On the standardisation of anti-typhoid vaccine - Number 21
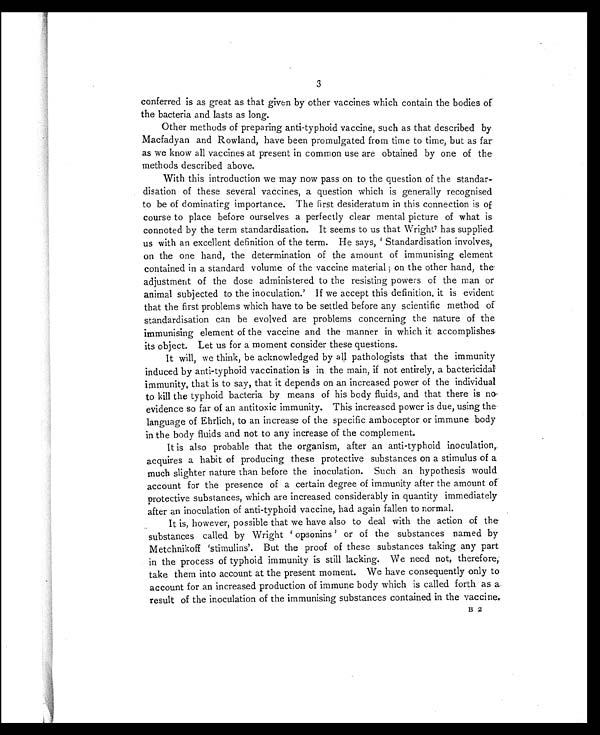
3
conferred is as great as that given by other vaccines which contain the bodies of
the bacteria and lasts as long.
Other methods of preparing anti-typhoid vaccine, such as that described by
Macfadyan and Rowland, have been promulgated from time to time, but as far
as we know all vaccines at present in common use are obtained by one of the
methods described above.
With this introduction we may now pass on to the question of the standar-
disation of these several vaccines, a question which is generally recognised
to be of dominating importance. The first desideratum in this connection is of
course to place before ourselves a perfectly clear mental picture of what is
connoted by the term standardisation. It seems to us that Wright7has supplied
us with an excellent definition of the term. He says, ' Standardisation involves,
on the one hand, the determination of the amount of immunising element
contained in a standard volume of the vaccine material ; on the other hand, the
adjustment of the dose administered to the resisting powers of the man or
animal subjected to the inoculation.' If we accept this definition, it is evident
that the first problems which have to be settled before any scientific method of
standardisation can be evolved are problems concerning the nature of the
immunising element of the vaccine and the manner in which it accomplishes
its object. Let us for a moment consider these questions.
It will, we think, be acknowledged by all pathologists that the immunity
induced by anti-typhoid vaccination is in the main, if not entirely, a bactericidal
immunity, that is to say, that it depends on an increased power of the individual
to kill the typhoid bacteria by means of his body fluids, and that there is no
evidence so far of an antitoxic immunity. This increased power is due, using the
language of Ehrlich, to an increase of the specific amboceptor or immune body
in the body fluids and not to any increase of the complement.
It is also probable that the organism, after an anti-typhoid inoculation,
acquires a habit of producing these protective substances on a stimulus of a
much slighter nature than before the inoculation. Such an hypothesis would
account for the presence of a certain degree of immunity after the amount of
protective substances, which are increased considerably in quantity immediately
after an inoculation of anti-typhoid vaccine, had again fallen to normal.
It is, however, possible that we have also to deal with the action of the
substances called by Wright ' opsonins ' or of the substances named by
Metchnikoff 'stimulins'. But the proof of these substances taking any part
in the process of typhoid immunity is still lacking. We need not, therefore,
take them into account at the present moment. We have consequently only to
account for an increased production of immune body which is called forth as a
result of the inoculation of the immunising substances contained in the vaccine.
B 2